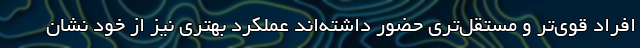
افراد قوی‌تر و مستقل‌تری حضور داشته‌اند عملکرد بهتری نیز از خود نشان